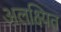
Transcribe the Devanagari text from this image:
अलक्ष्यित